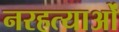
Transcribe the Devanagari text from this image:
नरहत्याओं